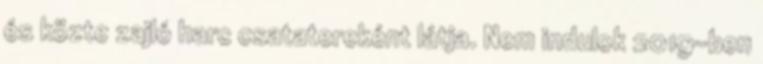
és közte zajló harc csatatereként látja. Nem indulok 2019-ben